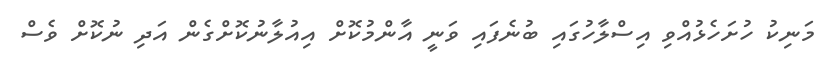
މަނިކު ހުށަހެޅުއްވި އިސްލާހުގައި ބުނެފައި ވަނީ އާންމުކޮށް އިއުލާނުކޮށްގެން އަދި ނުކޮށް ވެސް